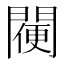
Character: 𨵸